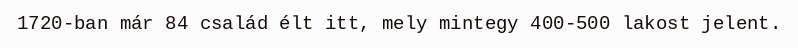
1720-ban már 84 család élt itt, mely mintegy 400-500 lakost jelent.